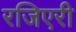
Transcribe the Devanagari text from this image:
रजिएरी